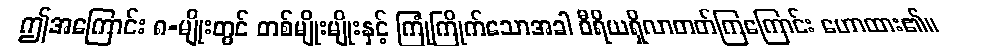
ဤအကြောင်း ၈-မျိုးတွင် တစ်မျိုးမျိုးနှင့် ကြုံကြိုက်သောအခါ ဝီရိယရှိလာတတ်ကြကြောင်း ဟောထား၏။